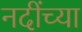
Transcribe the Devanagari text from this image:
नदींच्या